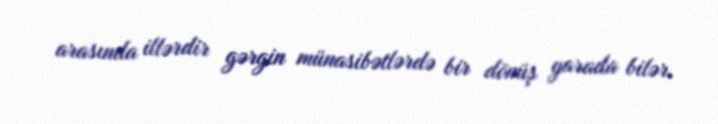
arasında illərdir gərgin münasibətlərdə bir dönüş yarada bilər.